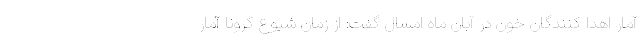
آمار اهدا کنندگان خون در آبان ماه امسال گفت: از زمان شیوع کرونا آمار